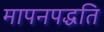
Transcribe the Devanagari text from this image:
मापनपद्धति